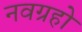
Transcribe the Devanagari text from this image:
नवग्रहो